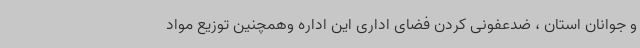
و جوانان استان ، ضدعفونی کردن فضای اداری این اداره وهمچنین توزیع مواد